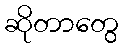
ဆိုတာတွေ